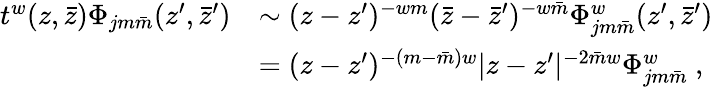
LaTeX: \begin{array}{cl}{{t^{w}(z,\bar{z})\Phi_{jm\bar{m}}(z^{\prime},\bar{z}^{\prime})}}&{{\sim(z-z^{\prime})^{-wm}(\bar{z}-\bar{z}^{\prime})^{-w\bar{m}}\Phi_{jm\bar{m}}^{w}(z^{\prime},\bar{z}^{\prime})}}\\ {{}}&{{=(z-z^{\prime})^{-(m-\bar{m})w}|z-z^{\prime}|^{-2\bar{m}w}\Phi_{jm\bar{m}}^{w}~,}}\end{array}